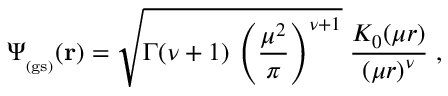
\Psi _ { _ \mathrm { ( g s ) } } ( { \bf r } ) = \sqrt { \Gamma ( \nu + 1 ) \, \left( \frac { \mu ^ { 2 } } { \pi } \right) ^ { \nu + 1 } } \; \frac { K _ { 0 } ( \mu r ) } { \left( \mu r \right) ^ { \nu } } \; ,